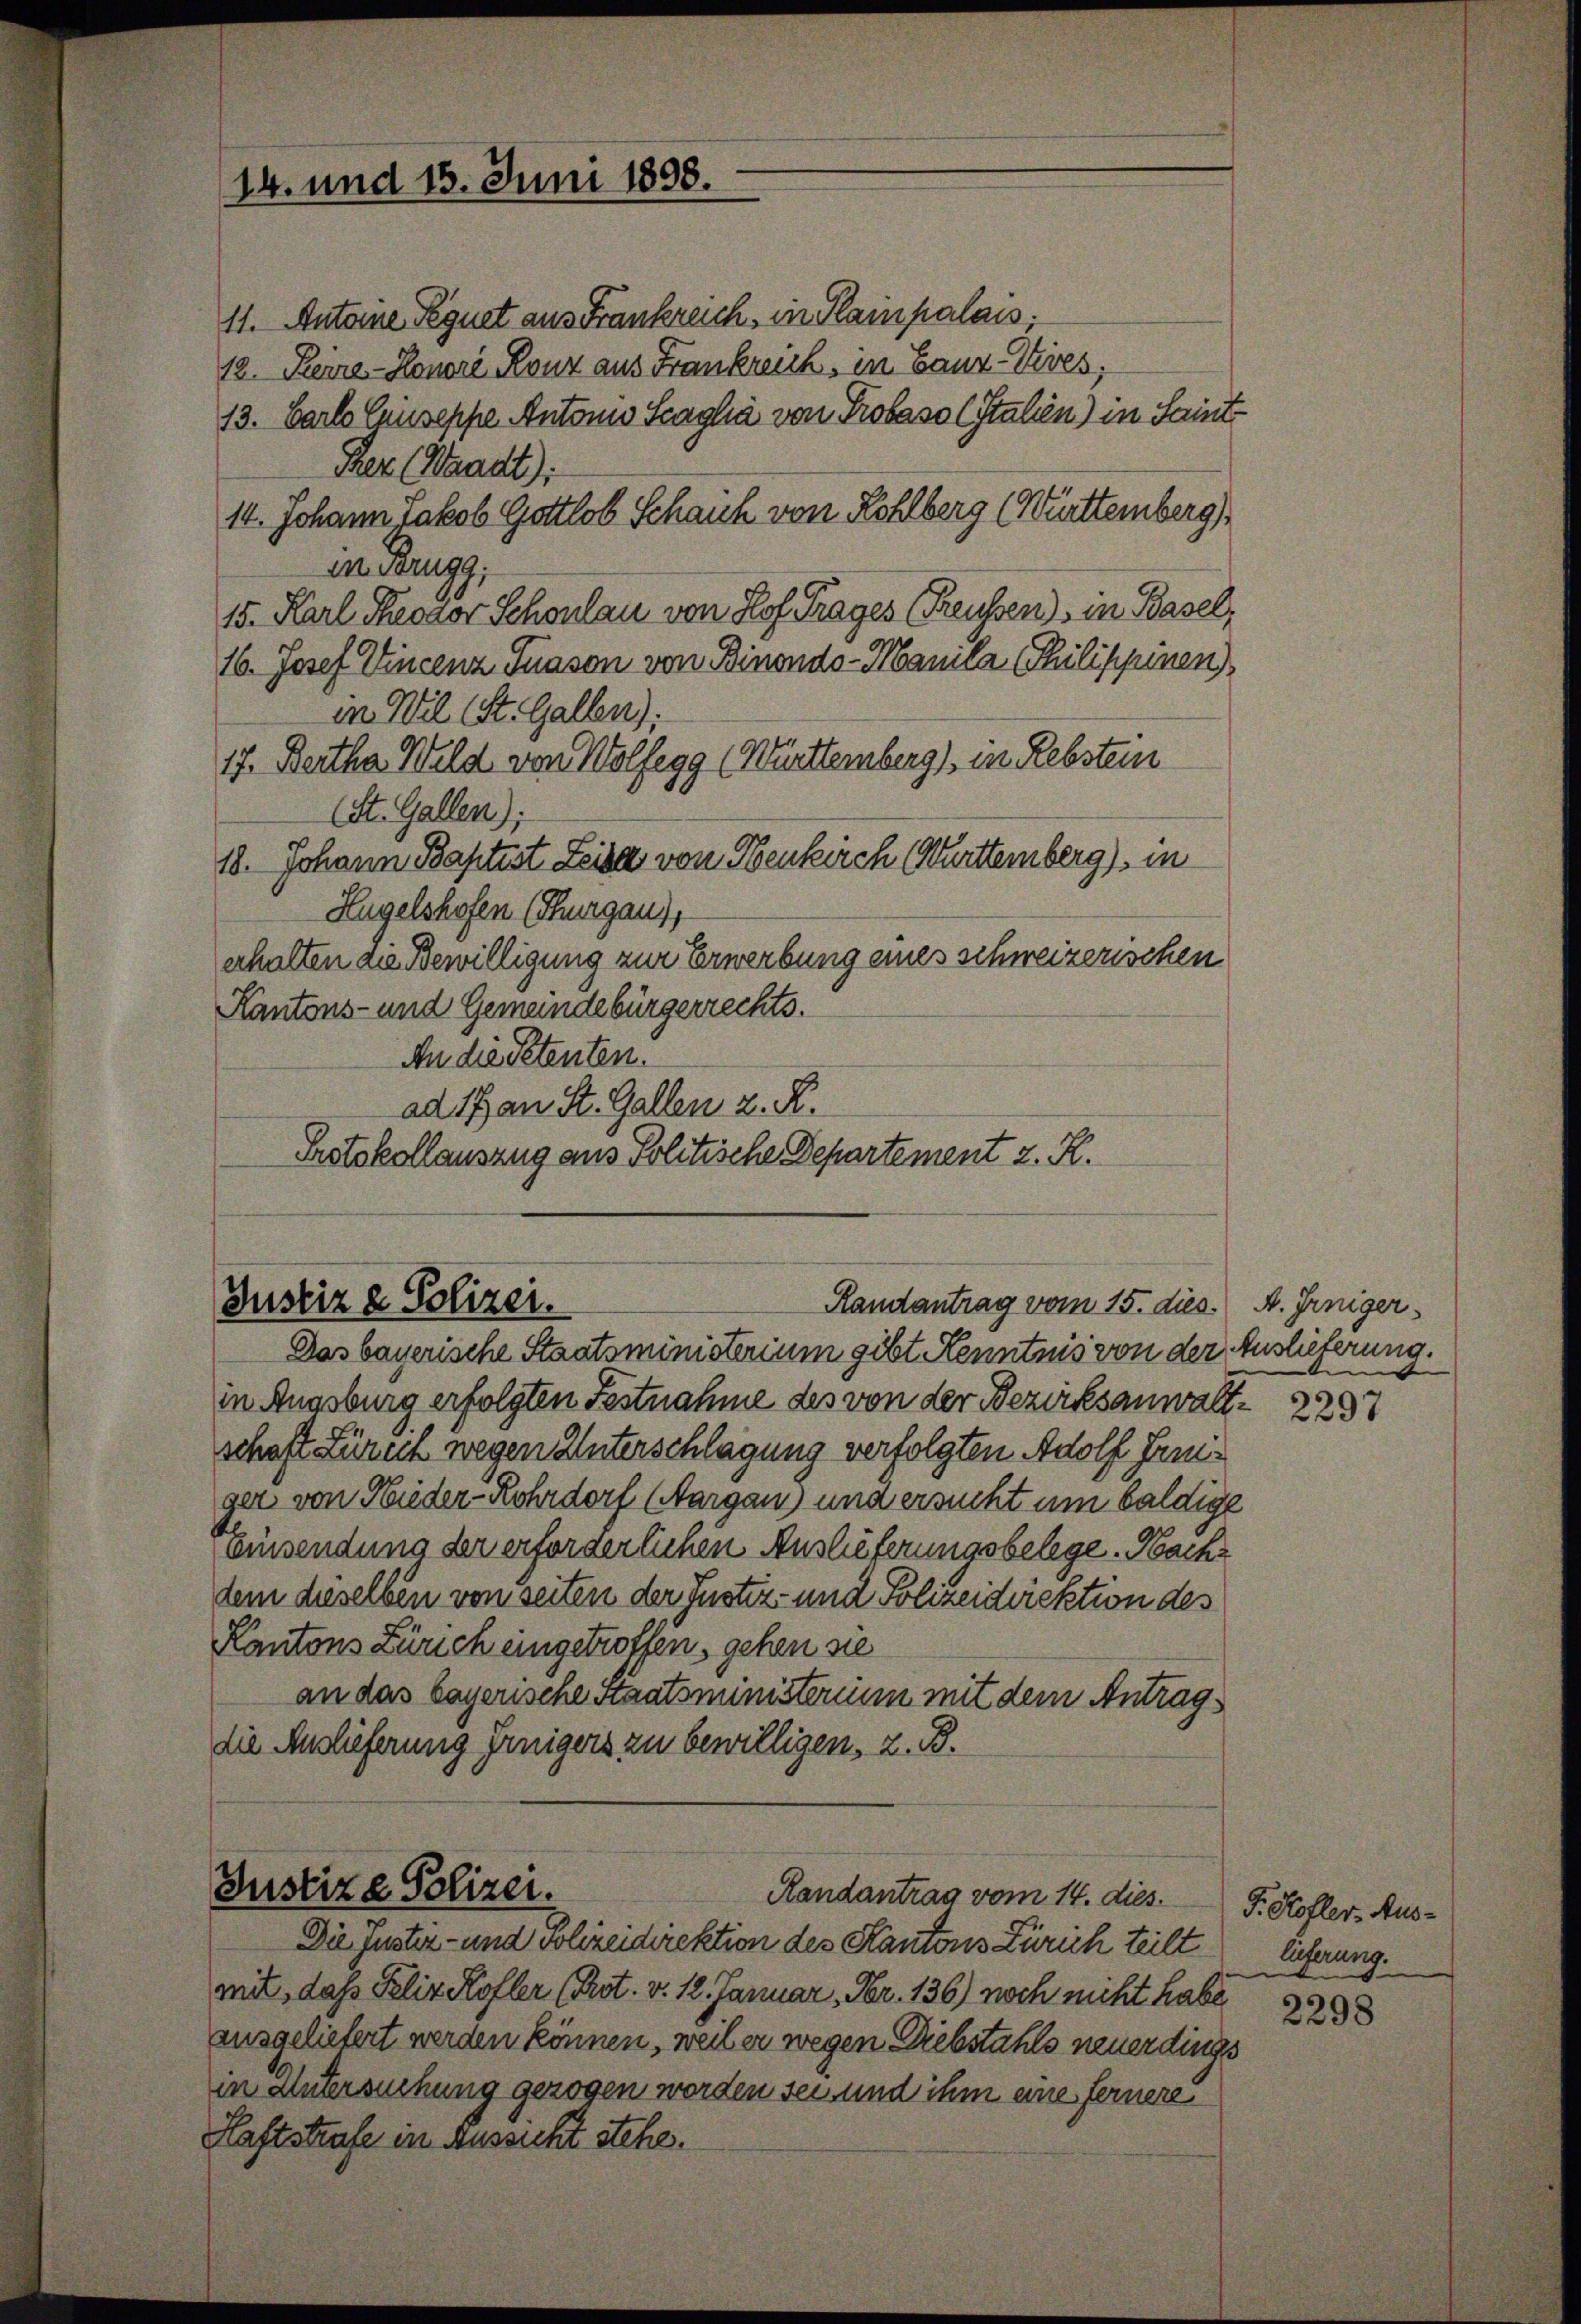
14. und 15. Juni 1898.

11. Antoine Pegnet aus Frankreich, in Plainpalais;
12. Reize-Honori Ronz aus Frankreich, in Ganz-Vives,
13. Carlo Giuseppe Antonio Scagha von Probasol Italien) in Saint
Rez (Waadt);
14. Johann Jakob Gottlob Schaich von Kohlberg (Württemberg)
M. Brugg,
15. Karl Theodor Schonlau von Hof. Trages (Reussen), in Basel,
16. Josef Wincenz Tuason von Binondo-Manila (Thilippinen)
in Wil (St. Gallen):
17. Bertha Wild von Wolfegg (Württemberg), in Rebstein
(St. Gallen);
18. Johann Baptist Leisa von Benkirch (Württemberg), in
Hügelshofen (Thurgau),
erhalten die Bewilligung zur Erwerbung eines schweizerischen
Kantons- und Gemeindebürgerrechts.
An die Petenten.
ad 17 an St. Gallen z. R.
Protokollauszug aus Politische Departement z. K.

Justiz & Polizei.
Randantrag vom 15. dies

Das bayerische Staatsministerium gibt Kenntnis von der Auslieferung.
in Augsburg erfolgten Festnahme des von der Bezirksanwaltschaft Zürich wegen Unterschlagung verfolgten Adolf Freuger von Nieder-Rohrdorf (Aargau) und ersucht um baldige
Einsendung der erforderlichen Auslieferungsbelege. Nachdem dieselben von seiten der Justiz- und Polizeidirektion des
Kantons Zürich eingetroffen, gehen sie
an das bayerische Staatsministerium mit dem Antrag
die Auslieferung freigers zu bewilligen, z. B.

Justiz & Polizei.
Randantrag vom 14. dies

Die Juster- und volizeidirektion des Kantons Zürich teilt
mit, das Felix Kofler (Prot. v. 12. Januar, Fr. 136) noch nicht habe
ausgeliebert werden können, weil er wegen Diebstahls neuerdings
in Untersuchung gezogen worden sei und ihm eine fernere
Haftstrafe in Aussicht stehe.

A. Irniger.
d

2297

J. Kofler, Auslieferung.
e
t

2298